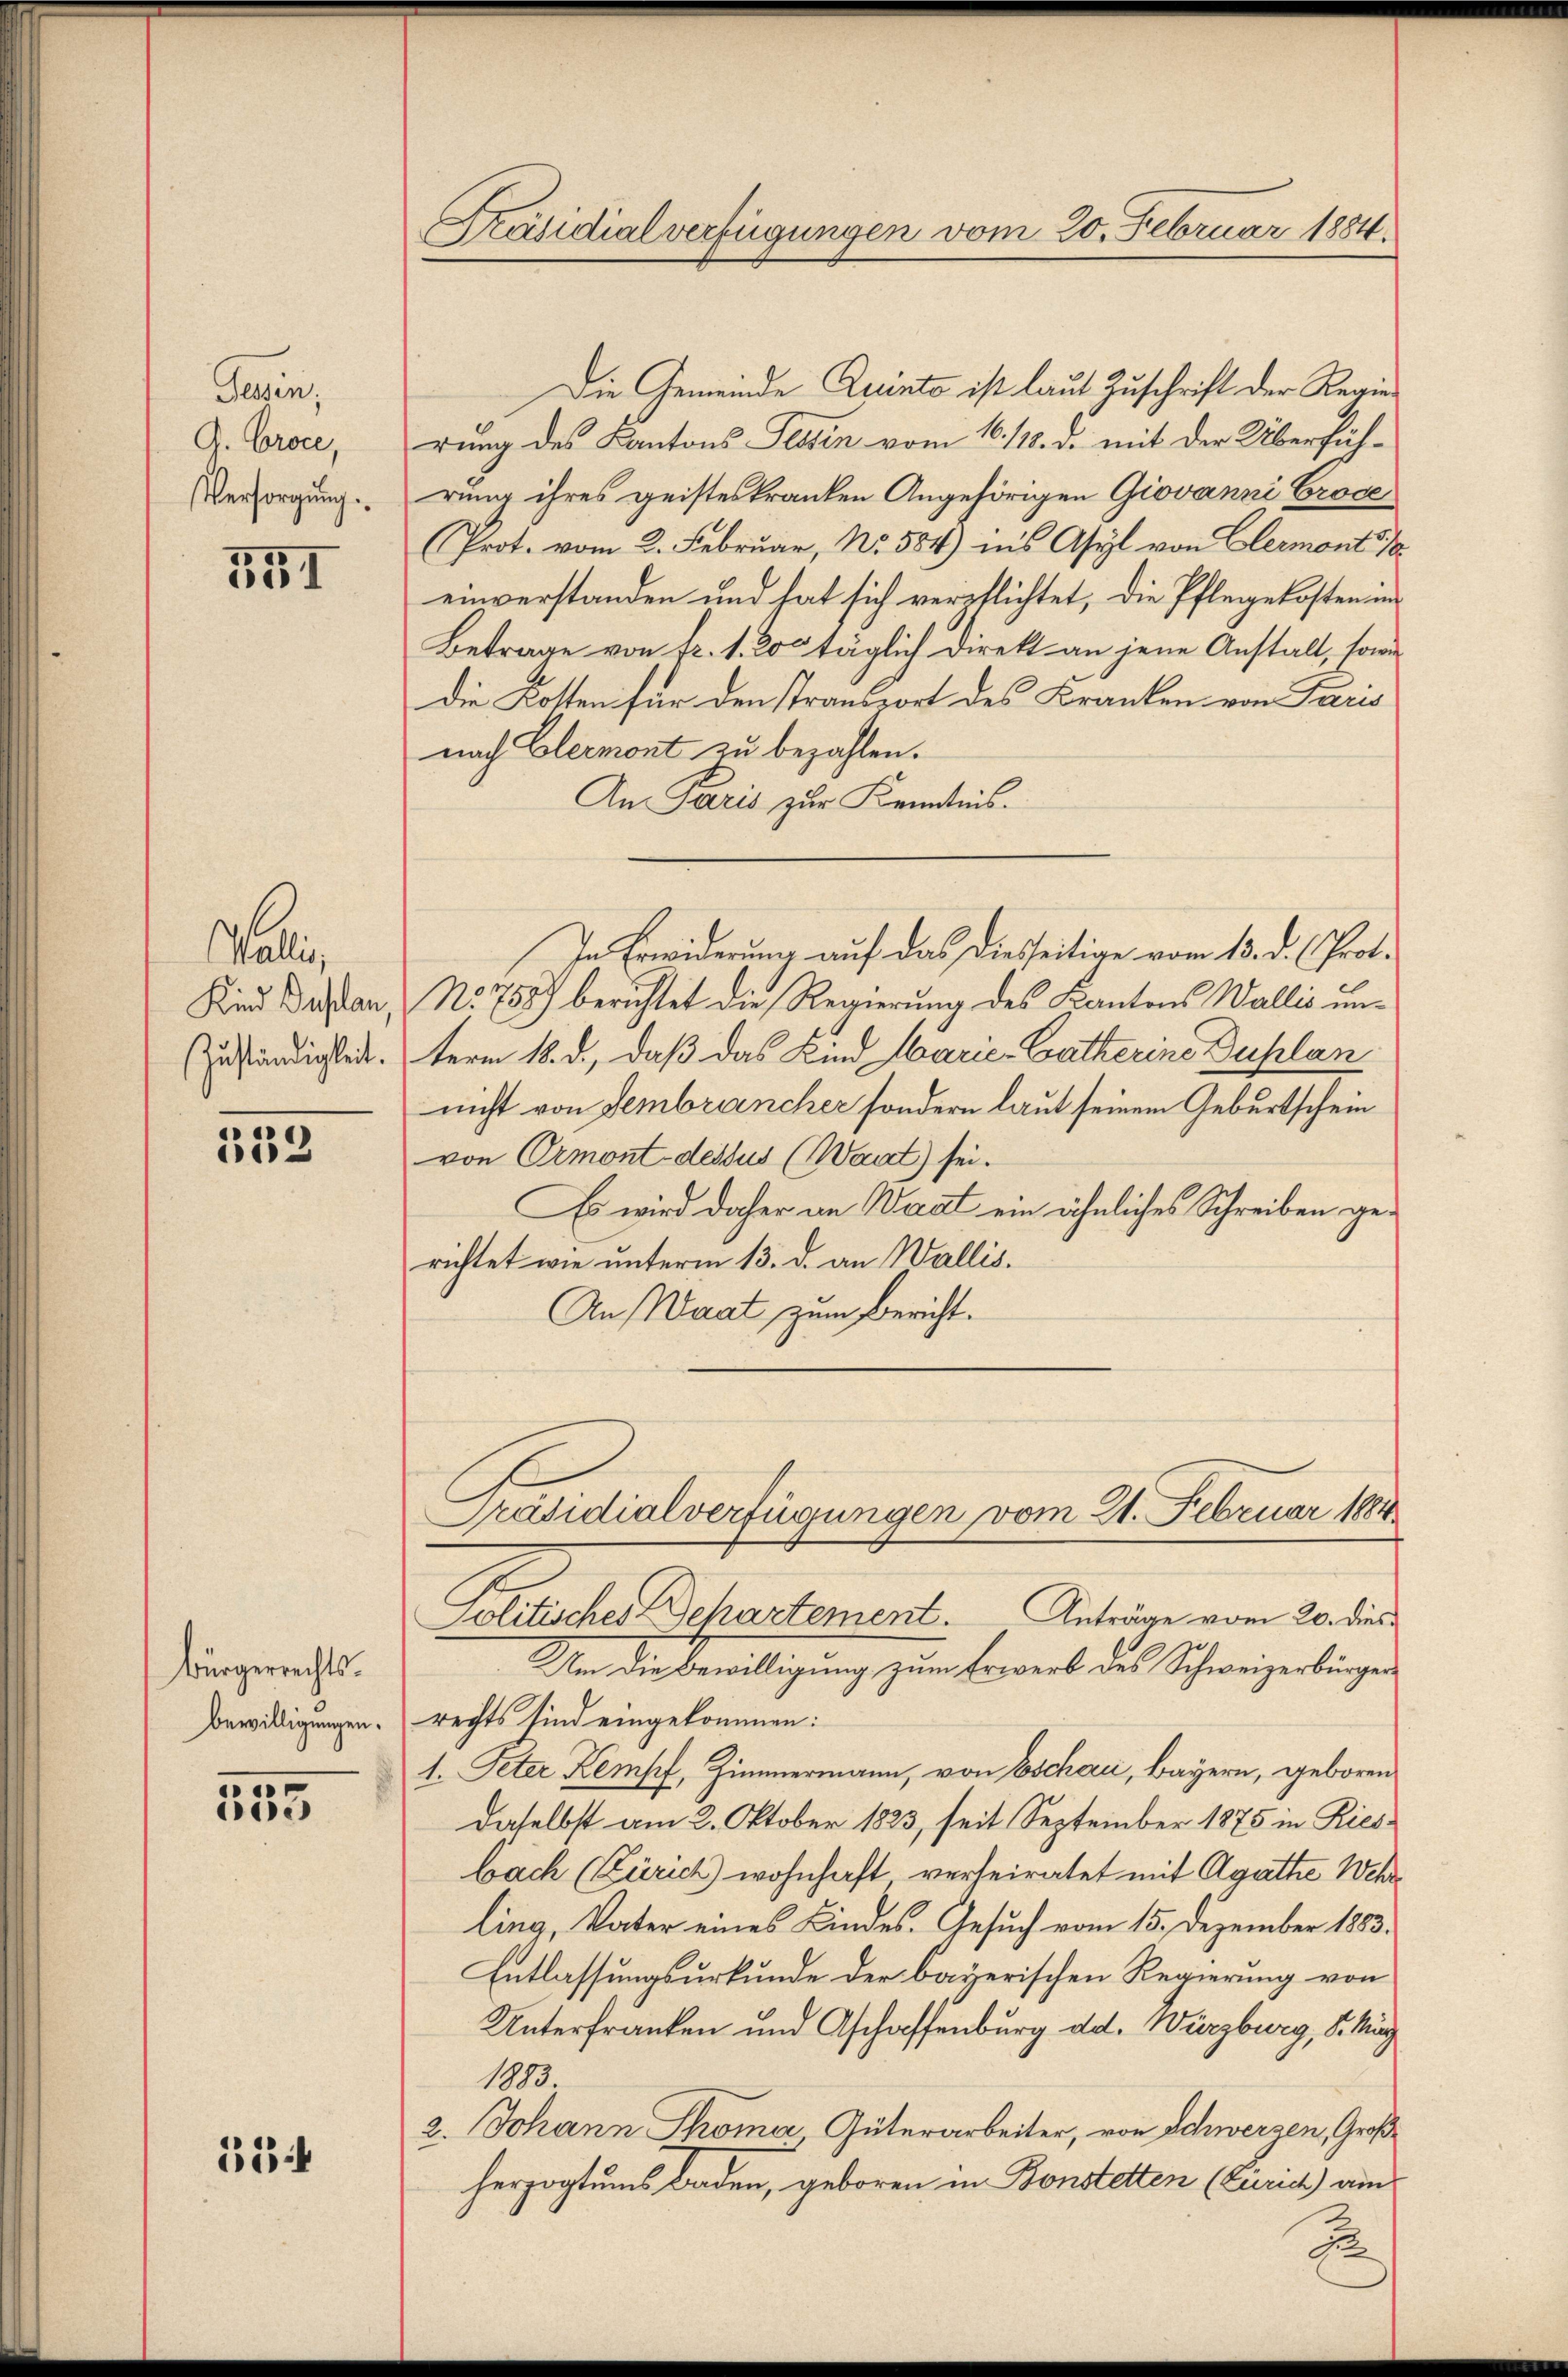
Gesin,
A. Broce,
Versorgung

551

Wali,
Kind Duplan,
Zuständigkeit.

333

Bürgerrechts.
Bewilligungen.

e
e

524

Präsidialverfügungen vom 20. Februar 1884.

Die Gemeinde Quinte ist laut Zuschrift der Regierung des Kantons Tessin vom 16. 113. d. mit der Überführung ihres geisteskranken Angehörigen Giovanni Crode
Prot. vom 2. Februar, No. 584) ins Asyl von Elermont
einverstanden und hat sich verpflichtet, die Pflegekosten in
Betrage von fr. 1. 200 täglich Direkt an jene Anstalt, sowie
die Kosten für den Transport des Kranken von Paris
nach Elermont zu bezahlen.
An Paris zur Kenntnis.
No 758) berichtet die Regierung des Kantons Wallis unterm 18. d., daß das Kind Marie-Catherins Duplan
nicht von Sembrancher sondern laut seinem Geburtschein
von Ormont-dessus (Waadt) sei.
Es wird daher an Waadt ein ähnliches Schreiben gerichtet wie unterm 13. d. an Wallis.
An Waat zum Bericht.
Präsidialverfügungen vom 21. Februar 1884
Politisches chartement. Anträge vom 20. dies¬
Um die Bewilligung zum Erwerb des Schweizerbingen
rechts sind eingekommen:
1. Peter Kempf, Zimmermann, von Eschau, Bayern, geboren
daselbst am 2. Oktober 1823, seit September 1875 in Riesbach (Zürich) wohnhaft verheiratet mit Agathe Wehr
ling, Vater eines Kindes. Gesuch vom 15. Dezember 1883.
Entlassungsurkunde der bayerischen Regierung von
Unterfranken und Aschaffenburg ad. Würzburg, S. März
1883.
2. Johann Thoma Güterarbeiter, von Schwerzen, Großherzogtums Baden, geboren in Bonstetten (zurich) am

In Erwiderung auf das diesseitige vom 13. d. Prot.

E